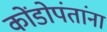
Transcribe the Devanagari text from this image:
कोंडोपंतांना